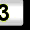
Digit: 3